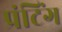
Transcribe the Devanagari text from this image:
प्रंटिंग